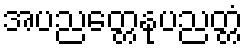
အပညတ္တေနုပညတ္တံ